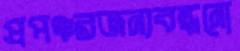
প্রপঞ্চরজন্যবন্ধনো